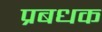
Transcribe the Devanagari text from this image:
प्रबधक